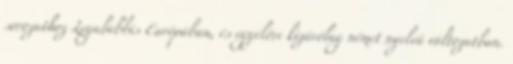
sorozathoz Legalábbis Európában, és egyelőre kizárólag német nyelvű változatban.